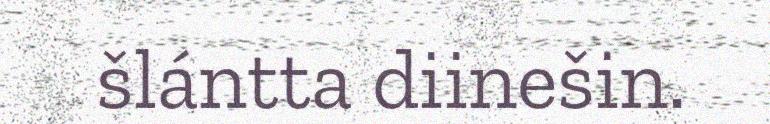
šlántta diinešin.